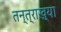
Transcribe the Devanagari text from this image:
तन्त्राख्या